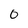
Character: 0